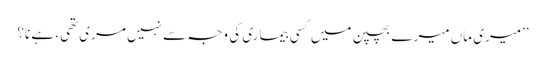
’’میری ماں میرے بچپن میں کسی بیماری کی وجہ سے نہیں مری تھی، ہے نا؟